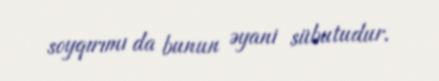
soyqırımı da bunun əyani sübutudur.